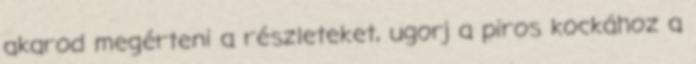
akarod megérteni a részleteket, ugorj a piros kockához a